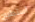
أستطيع